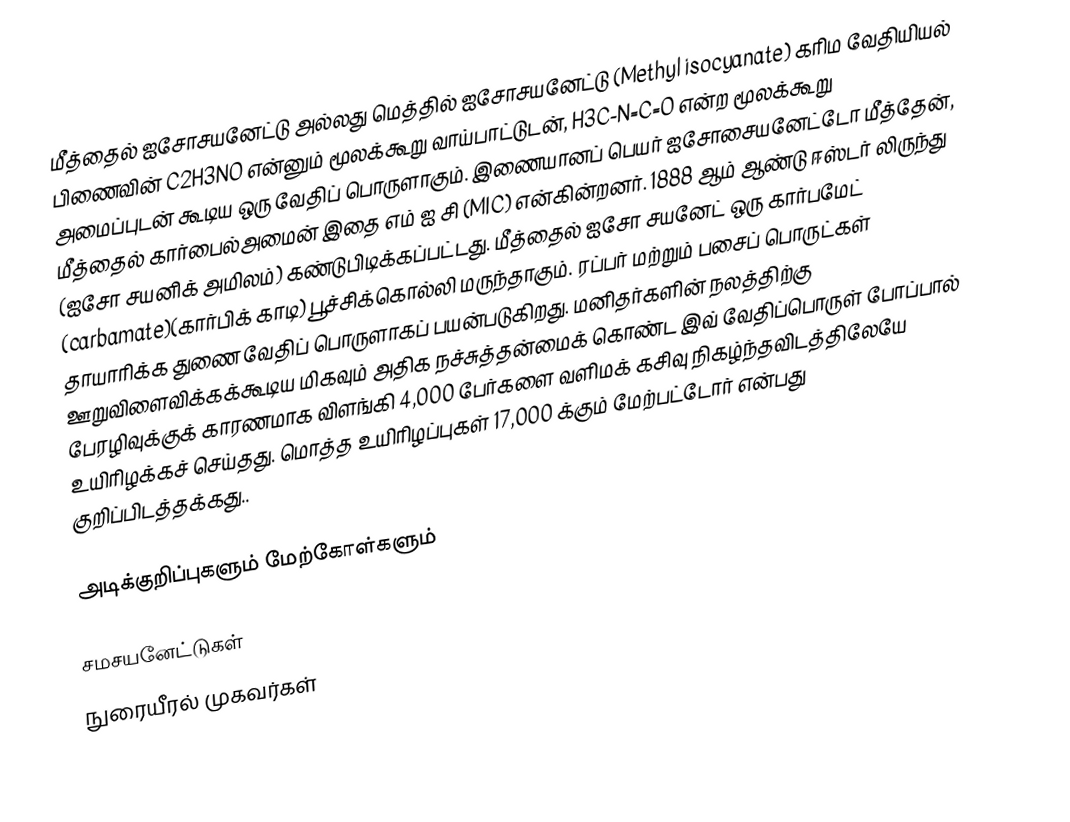
மீத்தைல் ஐசோசயனேட்டு அல்லது மெத்தில் ஐசோசயனேட்டு (Methyl isocyanate) கரிம வேதியியல் பிணைவின் C2H3NO என்னும் மூலக்கூறு வாய்பாட்டுடன், H3C-N=C=O என்ற மூலக்கூறு அமைப்புடன் கூடிய ஒரு வேதிப் பொருளாகும். இணையானப் பெயர் ஐசோசையனேட்டோ மீத்தேன், மீத்தைல் கார்பைல்அமைன் இதை எம் ஐ சி (MIC) என்கின்றனர். 1888 ஆம் ஆண்டு ஈஸ்டர் லிருந்து (ஐசோ சயனிக் அமிலம்) கண்டுபிடிக்கப்பட்டது. மீத்தைல் ஐசோ சயனேட்  ஒரு கார்பமேட் (carbamate)(கார்பிக் காடி) பூச்சிக்கொல்லி மருந்தாகும். ரப்பர் மற்றும் பசைப் பொருட்கள் தாயாரிக்க துணை வேதிப் பொருளாகப் பயன்படுகிறது. மனிதர்களின் நலத்திற்கு ஊறுவிளைவிக்கக்கூடிய மிகவும் அதிக நச்சுத்தன்மைக் கொண்ட  இவ் வேதிப்பொருள் போப்பால் பேரழிவுக்குக் காரணமாக விளங்கி 4,000 பேர்களை வளிமக் கசிவு நிகழ்ந்தவிடத்திலேயே உயிரிழக்கச் செய்தது.  மொத்த உயிரிழப்புகள் 17,000 க்கும் மேற்பட்டோர் என்பது குறிப்பிடத்தக்கது..

அடிக்குறிப்புகளும் மேற்கோள்களும்

சமசயனேட்டுகள்
நுரையீரல் முகவர்கள்